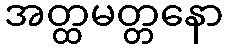
အတ္ထမတ္တနော